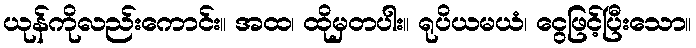
ယုန်ကိုလည်းကောင်း။ အထ၊ ထိုမှတပါး။ ရုပိယမယံ၊ ငွေဖြင့်ပြီးသော။